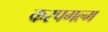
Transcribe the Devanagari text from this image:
करपगल्म